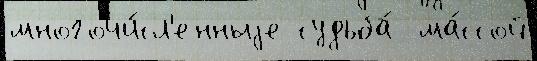
многочи́сл'енныjе судьба́  ма́ссой